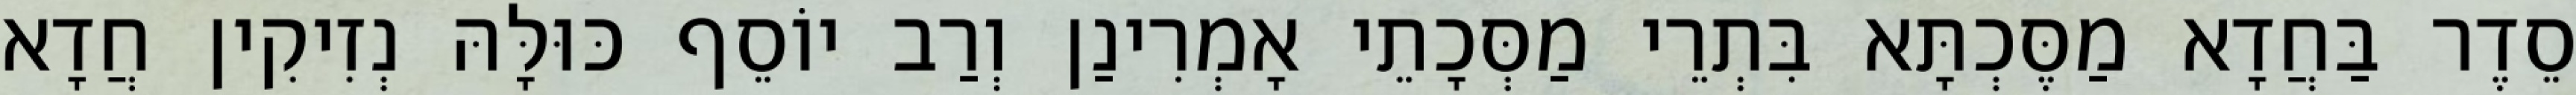
סֵדֶר בַּחֲדָא מַסֶּכְתָּא בִּתְרֵי מַסְּכָתֵי אָמְרִינַן וְרַב יוֹסֵף כּוּלָּהּ נְזִיקִין חֲדָא